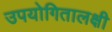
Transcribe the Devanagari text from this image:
उपयोगितालक्षी